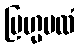
ဗြဟ္မပထံ